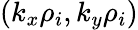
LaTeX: (k_{x}\rho_{i},k_{y}\rho_{i})